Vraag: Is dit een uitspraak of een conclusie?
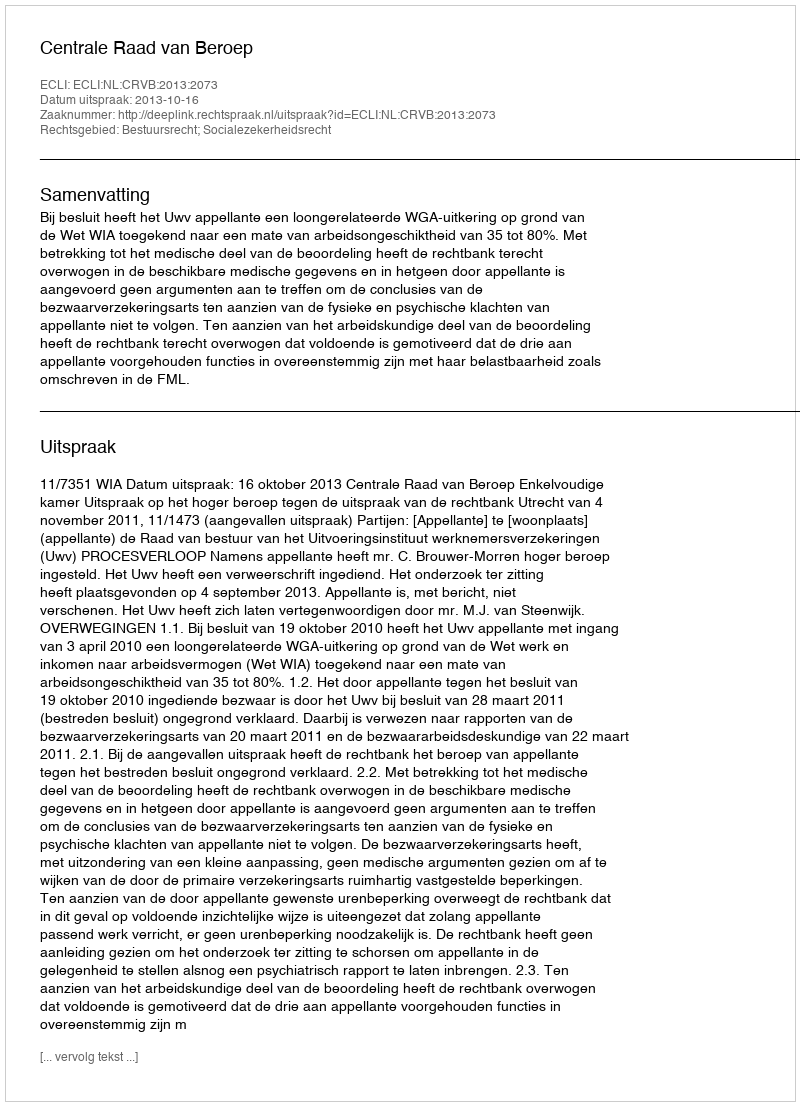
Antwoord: Uitspraak